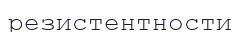
резистентности